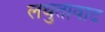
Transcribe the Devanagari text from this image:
लघुतावाद